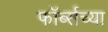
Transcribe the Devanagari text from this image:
फॉर्ब्सच्या